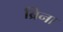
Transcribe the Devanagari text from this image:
ब्रिना